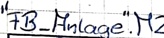
Text: "FB_Anlage".M2